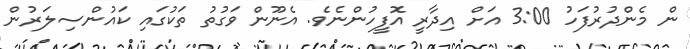
ން މެންދުރުފަހު 3:00 އަށް އިދާރީ އޮފީހުންނެވެ. އެނޫން ވަގުތު ތަކުގައި ކައުންސިލަރުން